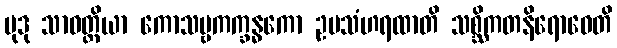
မုဒု သာဝတ္ထိယာ ကောသမ္ဗကက္ခန္ဓကော ဥပသံဟရထာတိ သစ္ဆိကတနိရောဓေတိ